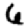
Digit: 6